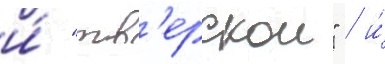
и́ "тв'ерскои" / и́